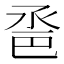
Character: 𢀿